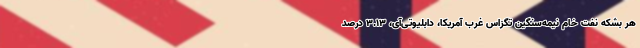
هر بشکه نفت خام نیمه‌سنگین تگزاس غرب آمریکا، دابلیوتی‌آی، ۳.۱۳ درصد